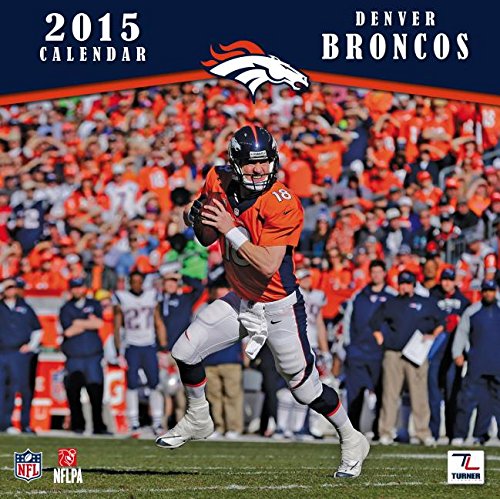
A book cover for Denver Broncos; Calendars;